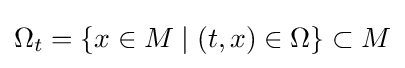
\Omega _{t}=\{x\in M\mid (t,x)\in \Omega \}\subset M